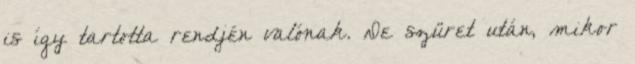
is így tartotta rendjén valónak. De szüret után, mikor